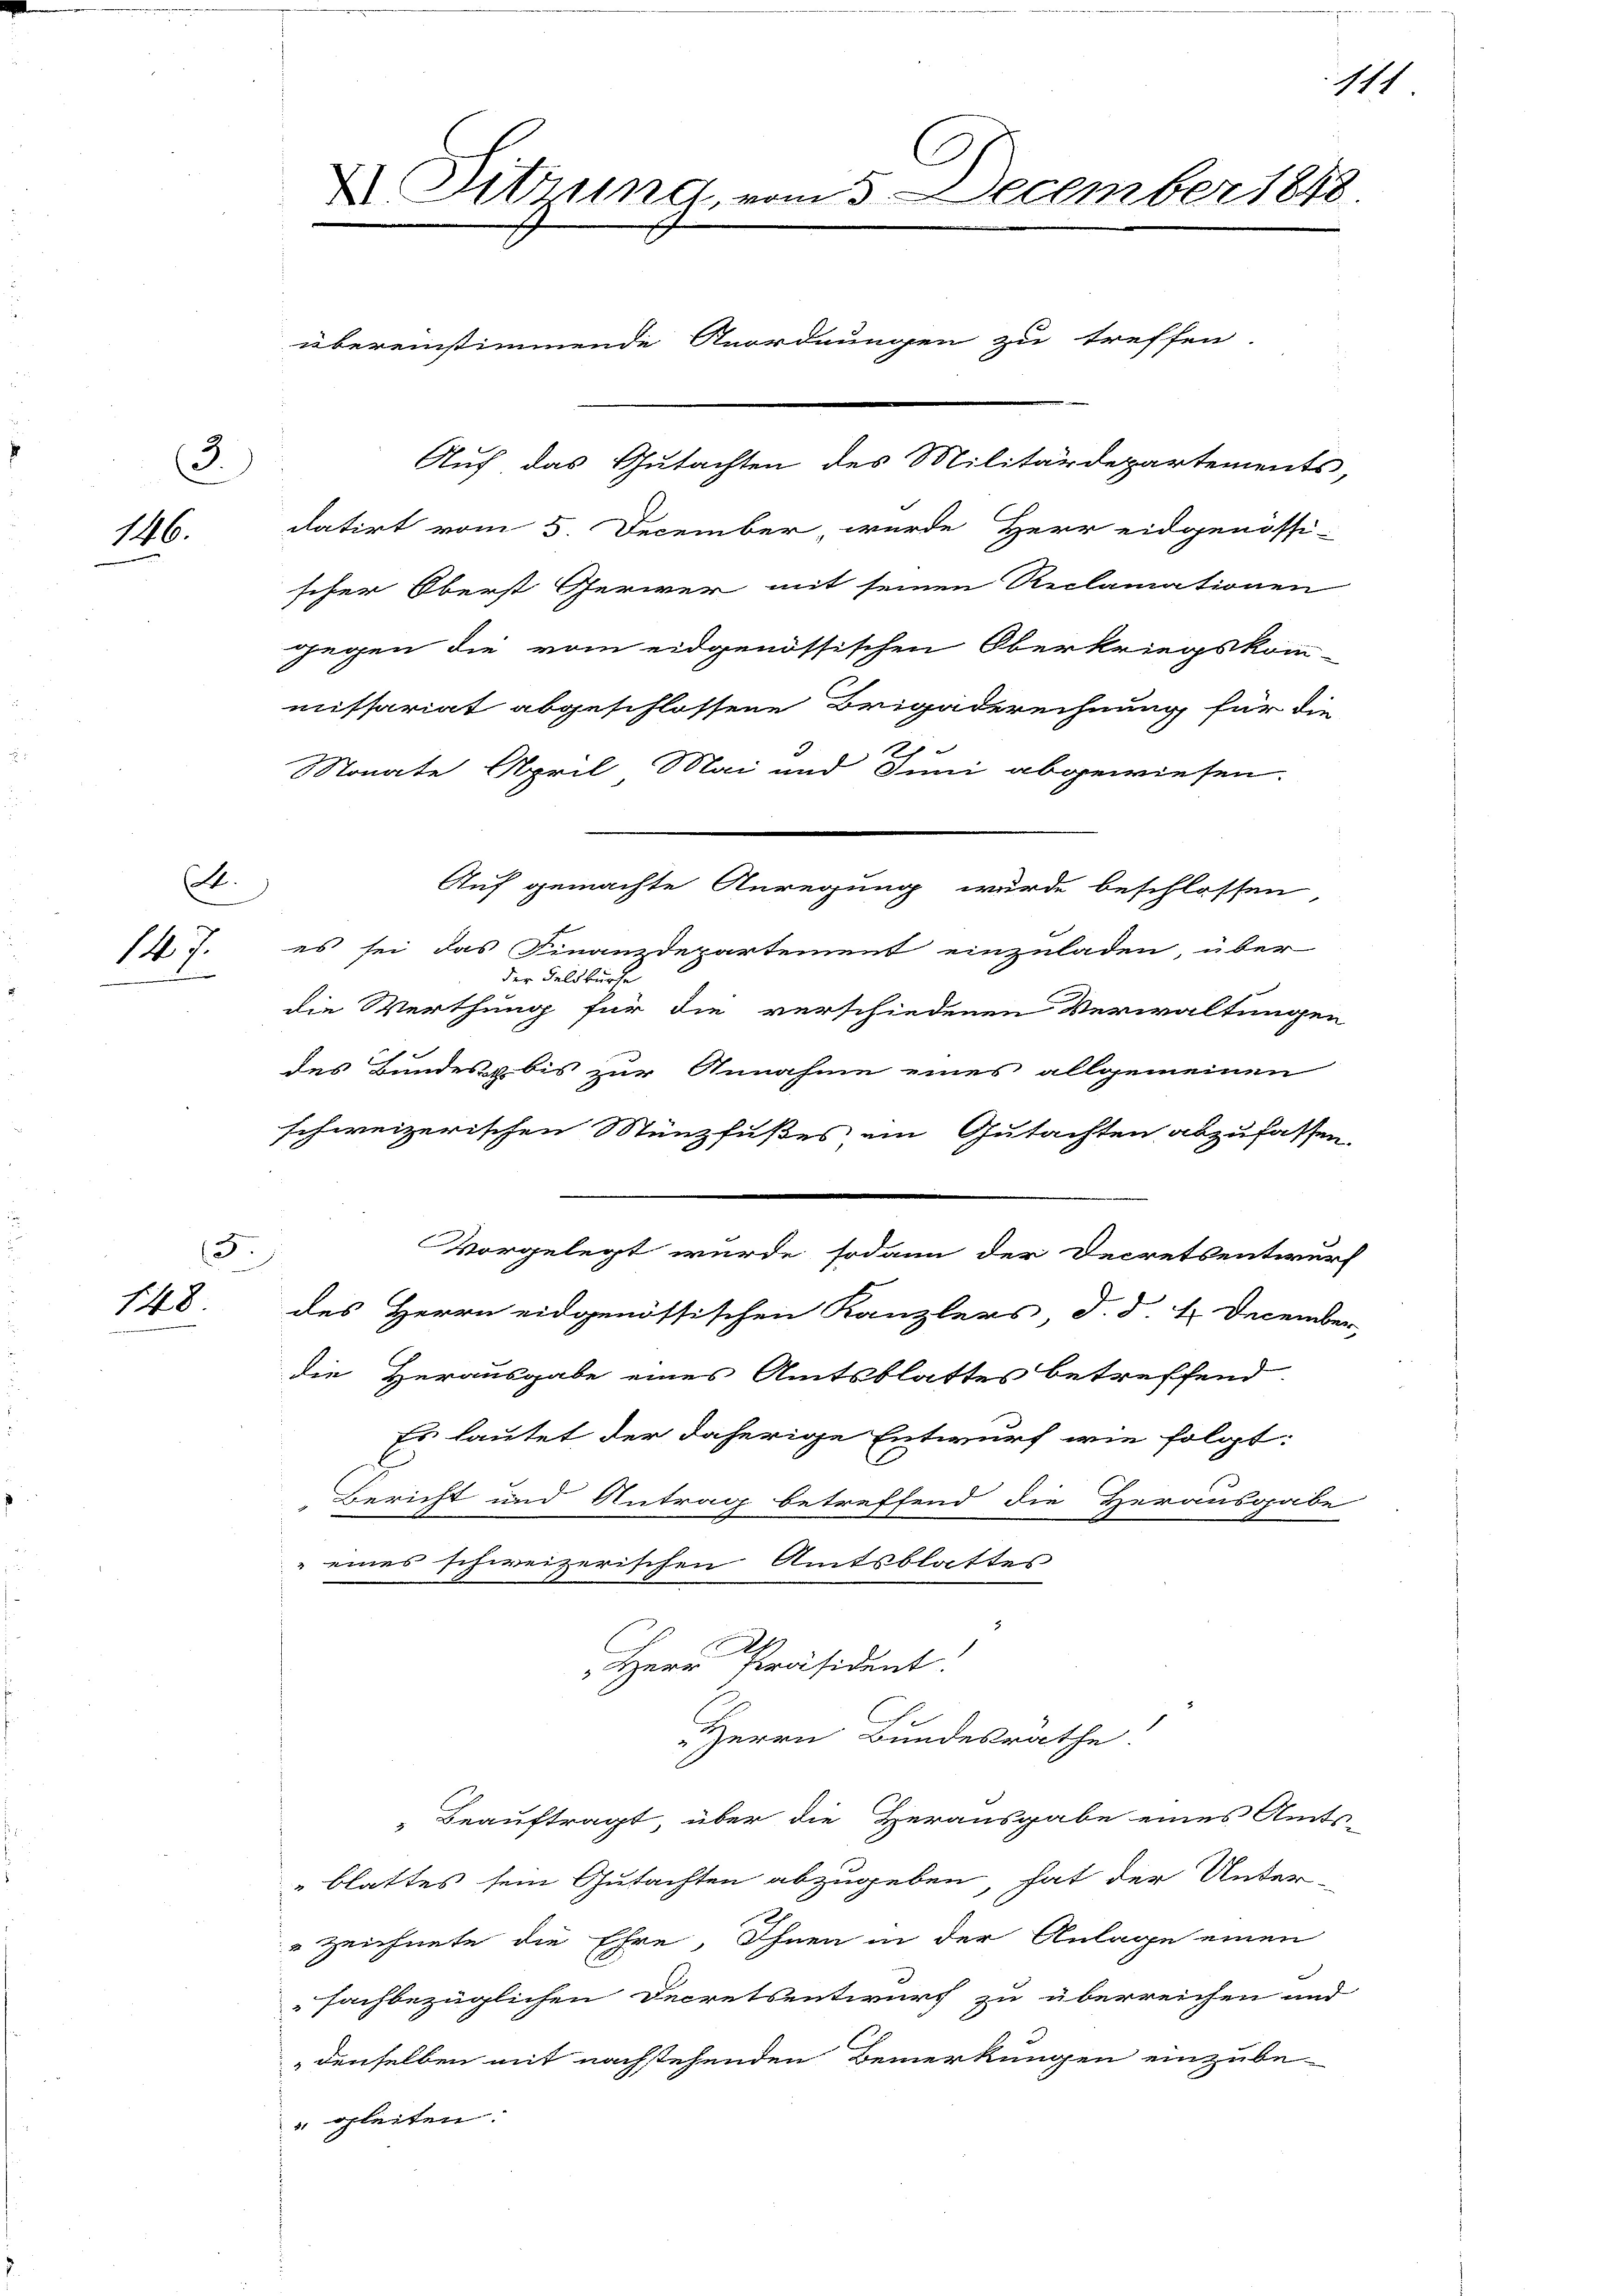
3
146.

t.
147.

F.
148

X Sitzung, vom 5. December 1848.
übereinstimmende Anordnungen zu treffen.
Auf das Gutachten des Militärdepartements,
datirt vom 5. December, wurde Herr eidgenössi-

scher Oberst Gerwer mit seinen Reclamationen
gegen die vom eidgenössischen Oberkriegskom-
missariat abgeschlossene Brigaderechnung für die
21
Monate April Mai und Juni abgewiesen.
Auf gemachte Anregung wurde beschlossen,
es sei das Finanzdepartement einzuladen, über
der Feldkürte
die Werthung für die verschiedenen Verwaltungen
des Bundes bis zur Annahme eines allgemeinen
schweizerischen Münzfußes ein Gutachten abzufassen.
vorgelegt wurde sodann der Decretsentwurf
des Herrn eidgenössischen Kanzlers, d. d. 4. December,
die Herausgabe eines Amtsblattes betreffend
Es lautet der daherige Entwurf wie folgt:
Bericht und Antrag betreffend die Herausgabe
eines schweizerischen Amtsblattes
Herr Präsident.
Herrn Bundesrathe.
Beauftragt, über die Herausgabe eines Amts-
"blattes sein Gutachten abzugeben, hat der Unter-
Zeichnete die Ehre, Ihnen in der Anlage einen
fachbezüglichen Decretsentwurf zu überreichen und
denselben mit nachstehenden Bemerkungen einzube-
" gleiten.

1